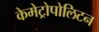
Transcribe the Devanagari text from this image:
केमेट्रोपोलिटन